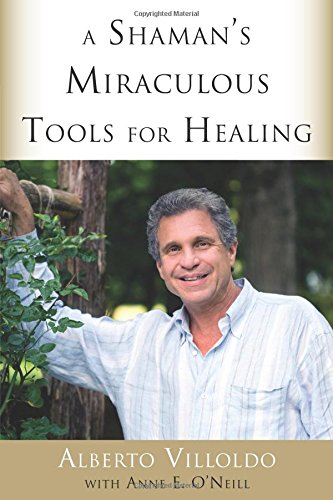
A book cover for A Shaman's Miraculous Tools for Healing; Alberto Villoldo; Religion & Spirituality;